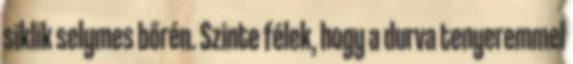
siklik selymes bőrén. Szinte félek, hogy a durva tenyeremmel